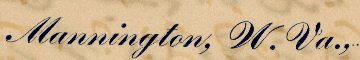
MANNINGTON, W. VA.,